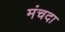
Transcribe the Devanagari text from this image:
मंचदा